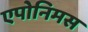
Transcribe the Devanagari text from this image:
एपोनिमस